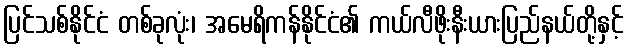
ပြင်သစ်နိုင်ငံ တစ်ခုလုံး၊ အမေရိကန်နိုင်ငံ၏ ကယ်လီဖိုးနီးယားပြည်နယ်တို့နှင့်